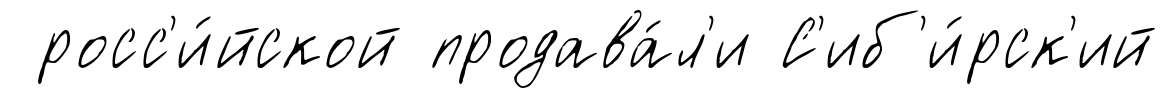
росс'и́йской продава́л'и С'иб'и́рск'ий